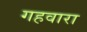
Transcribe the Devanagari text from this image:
गहवारा